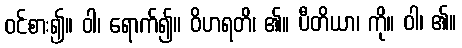
ဝင်စား၍။ ဝါ၊ ရောက်၍။ ဝိဟရတိ၊ ၏။ ပီတိယာ၊ ကို။ ဝါ၊ ၏။